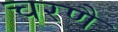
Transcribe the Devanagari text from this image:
चरणै